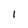
Character: l